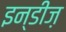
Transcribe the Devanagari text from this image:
इन्डीज़